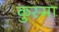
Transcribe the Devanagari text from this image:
कुस्मा